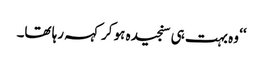
‘‘ وہ بہت ہی سنجیدہ ہو کر کہہ رہا تھا۔